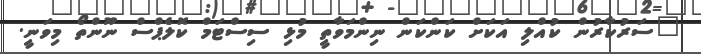
"ސަރުކާރުން ކުއްލި އަކަށް ކަންކަން ނިންމަވާތީ މުޅި ސިސްޓަމް ކޮލެޕްސް ނޫންތޯ މިވަނީ.